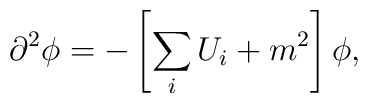
\partial^{2} \phi = - \left[\sum_{i} U_{i} + m^{2} \right]\phi,